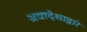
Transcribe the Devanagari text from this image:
अद्यादेशाद्वारे